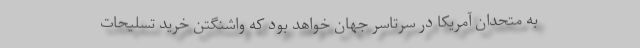
به متحدان آمریکا در سرتاسر جهان خواهد بود که واشنگتن خرید تسلیحات